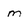
Character: m